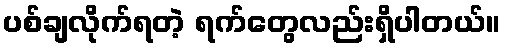
ပစ်ချလိုက်ရတဲ့ ရက်တွေလည်းရှိပါတယ်။